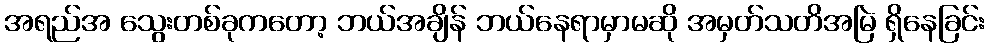
အရည်အ သွေးတစ်ခုကတော့ ဘယ်အချိန် ဘယ်နေရာမှာမဆို အမှတ်သတိအမြဲ ရှိနေခြင်း